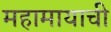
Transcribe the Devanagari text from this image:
महामायाची